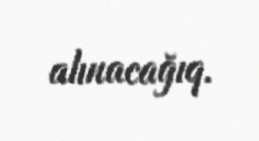
alınacağıq.